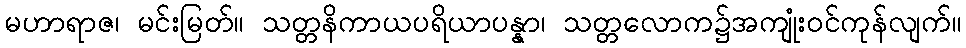
မဟာရာဇ၊ မင်းမြတ်။ သတ္တနိကာယပရိယာပန္နာ၊ သတ္တလောက၌အကျုံးဝင်ကုန်လျက်။